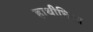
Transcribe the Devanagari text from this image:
हाथीघिसा